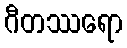
ဂီတဿရော